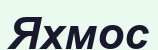
Яхмос